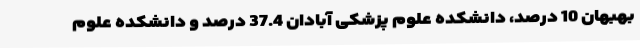
بهبهان 10 درصد، دانشکده علوم پزشکی آبادان 37.4 درصد و دانشکده علوم